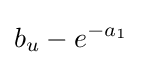
b_{u}-e^{-a_{1}}